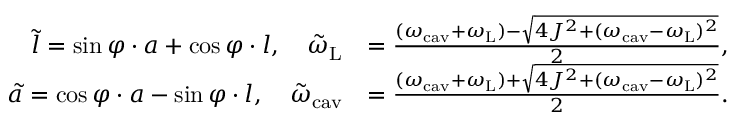
\begin{array} { r l } { \tilde { l } = \sin \varphi \cdot a + \cos \varphi \cdot l , \quad \tilde { \omega } _ { \mathrm { L } } } & { = \frac { ( \omega _ { \mathrm { c a v } } + \omega _ { \mathrm { L } } ) - \sqrt { 4 J ^ { 2 } + ( \omega _ { \mathrm { c a v } } - \omega _ { \mathrm { L } } ) ^ { 2 } } } { 2 } , } \\ { \tilde { a } = \cos \varphi \cdot a - \sin \varphi \cdot l , \quad \tilde { \omega } _ { \mathrm { c a v } } } & { = \frac { ( \omega _ { \mathrm { c a v } } + \omega _ { \mathrm { L } } ) + \sqrt { 4 J ^ { 2 } + ( \omega _ { \mathrm { c a v } } - \omega _ { \mathrm { L } } ) ^ { 2 } } } { 2 } . } \end{array}